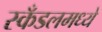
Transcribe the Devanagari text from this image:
स्कँडलमध्ये